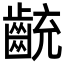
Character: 𪗯